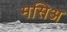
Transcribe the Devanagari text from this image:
मसिअ